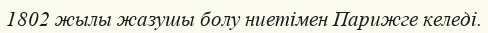
1802 жылы жазушы болу ниетімен Парижге келеді.